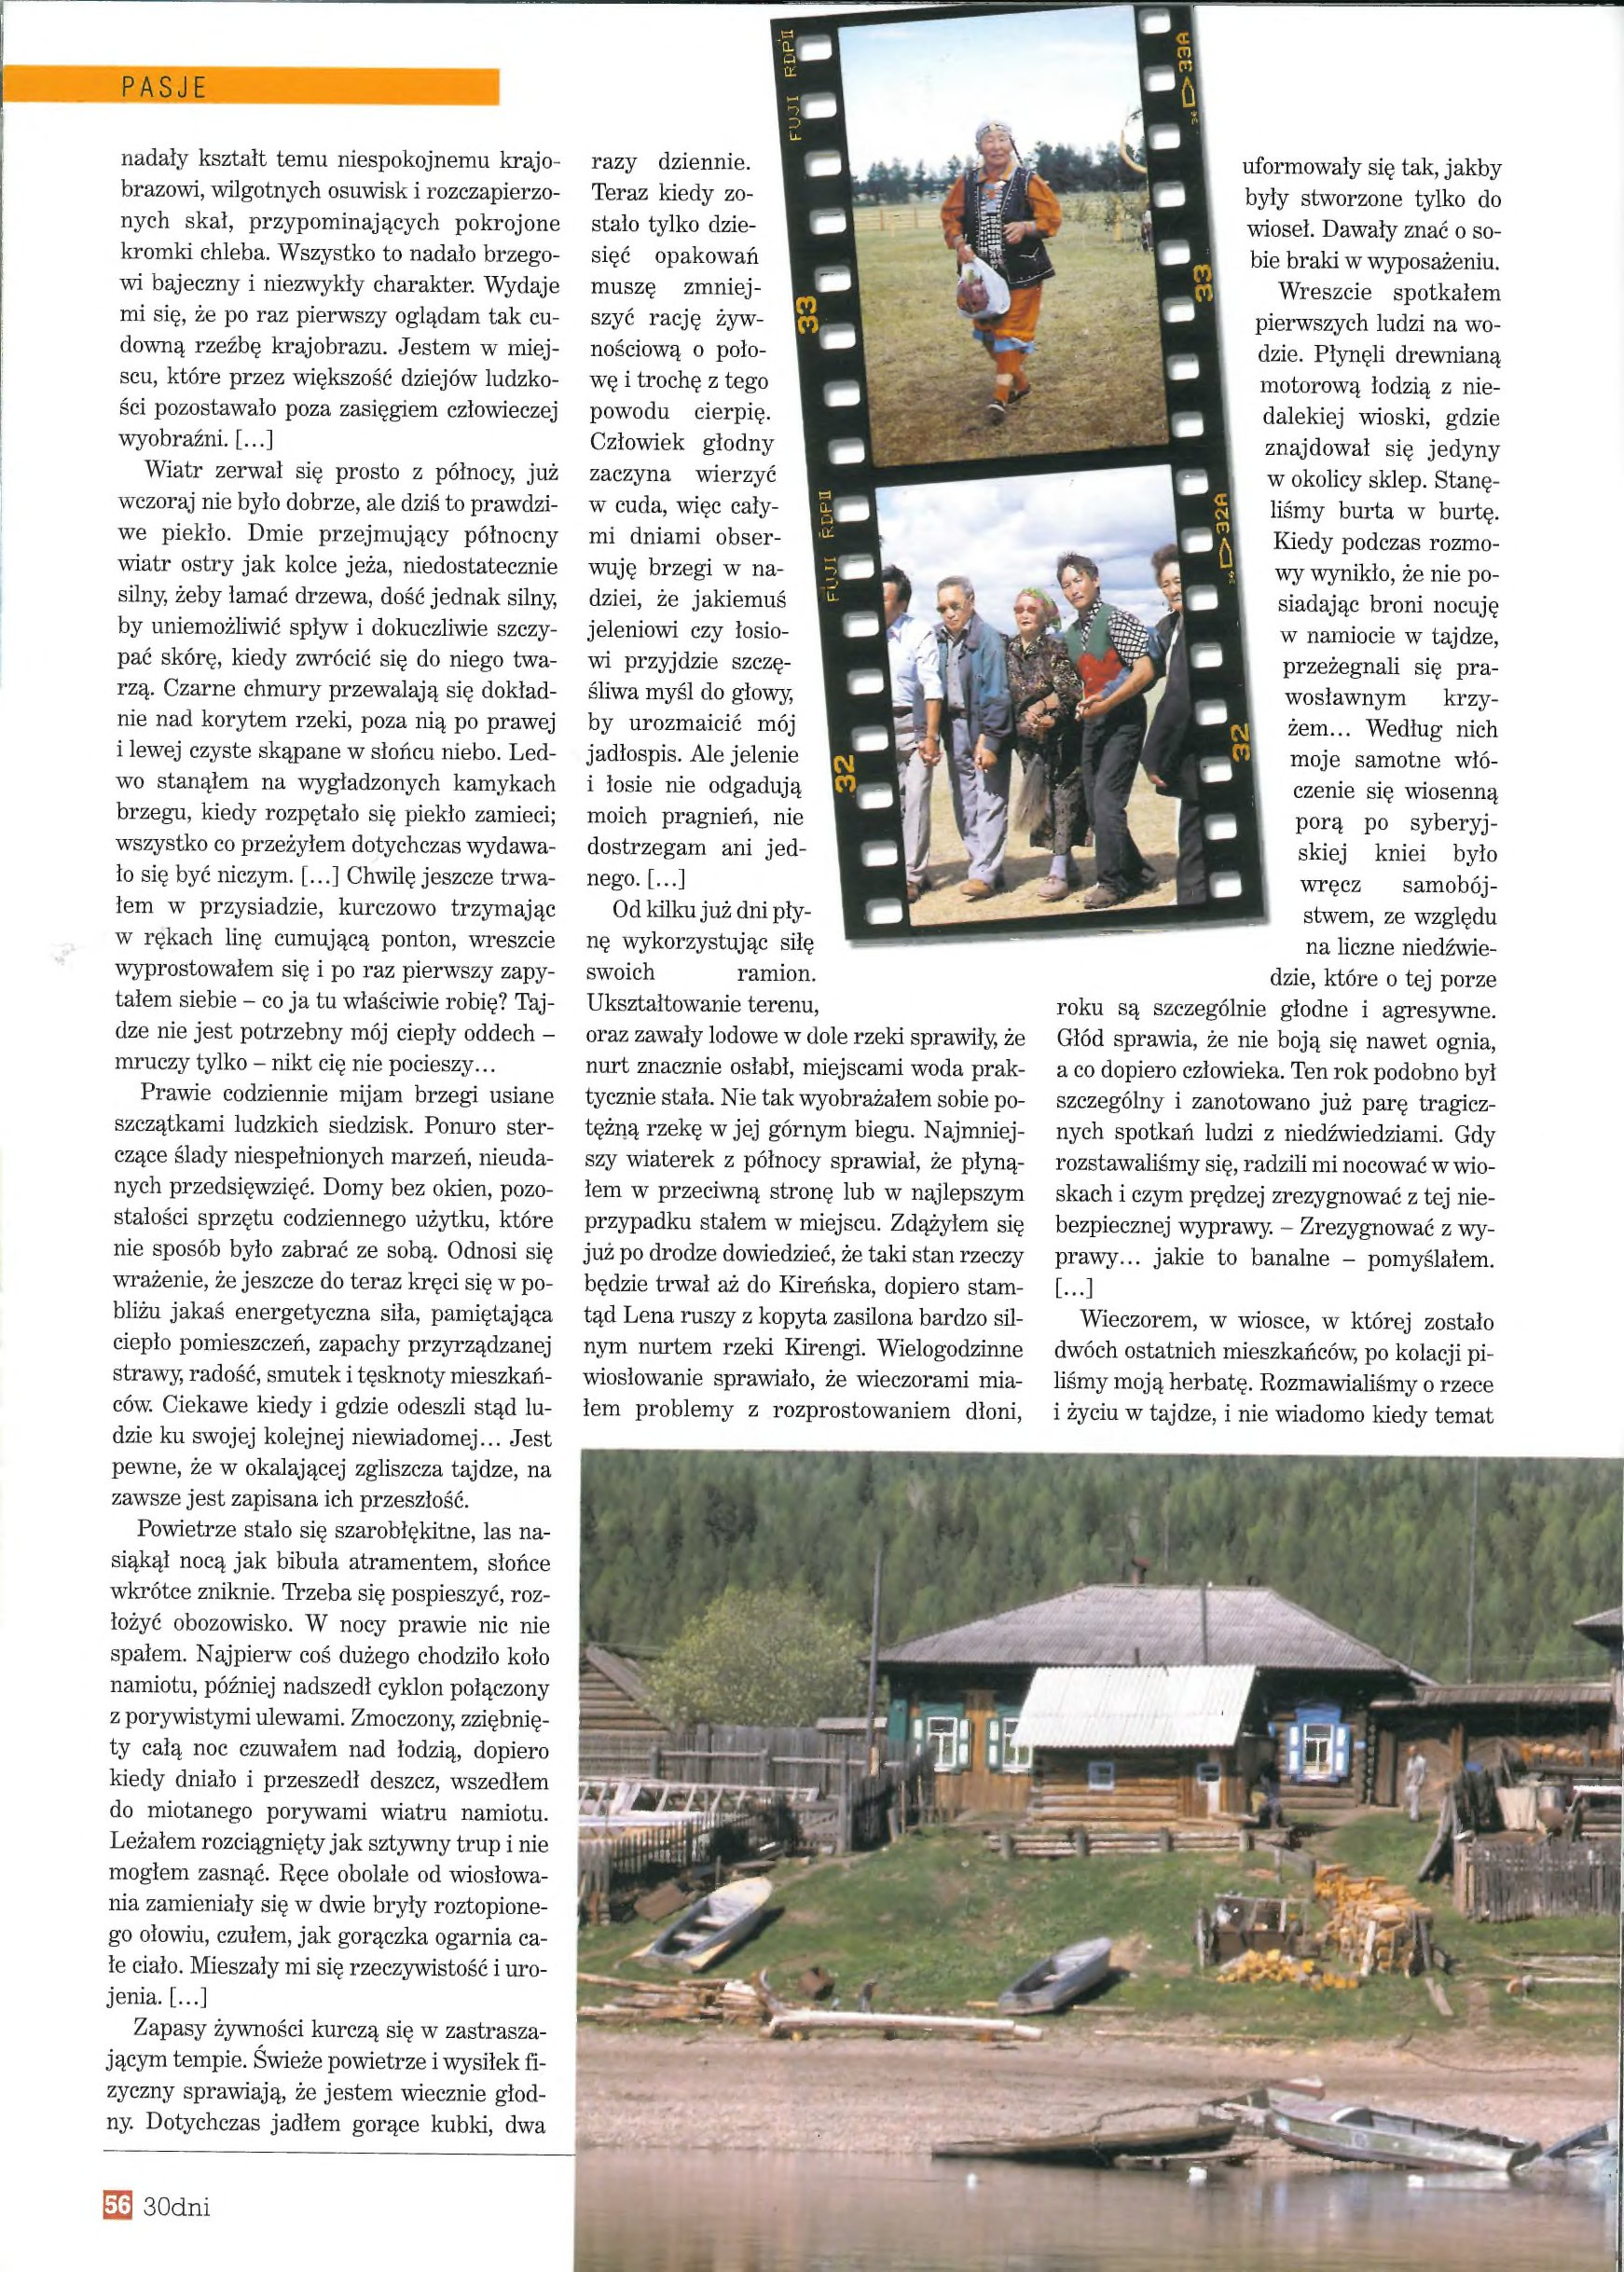
Language: pl